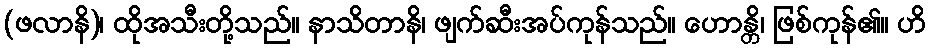
(ဖလာနိ)၊ ထိုအသီးတို့သည်။ နာသိတာနိ၊ ဖျက်ဆီးအပ်ကုန်သည်။ ဟောန္တိ၊ ဖြစ်ကုန်၏။ ဟိ